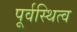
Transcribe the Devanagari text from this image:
पूर्वस्थित्व